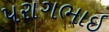
પરાગભાઇ